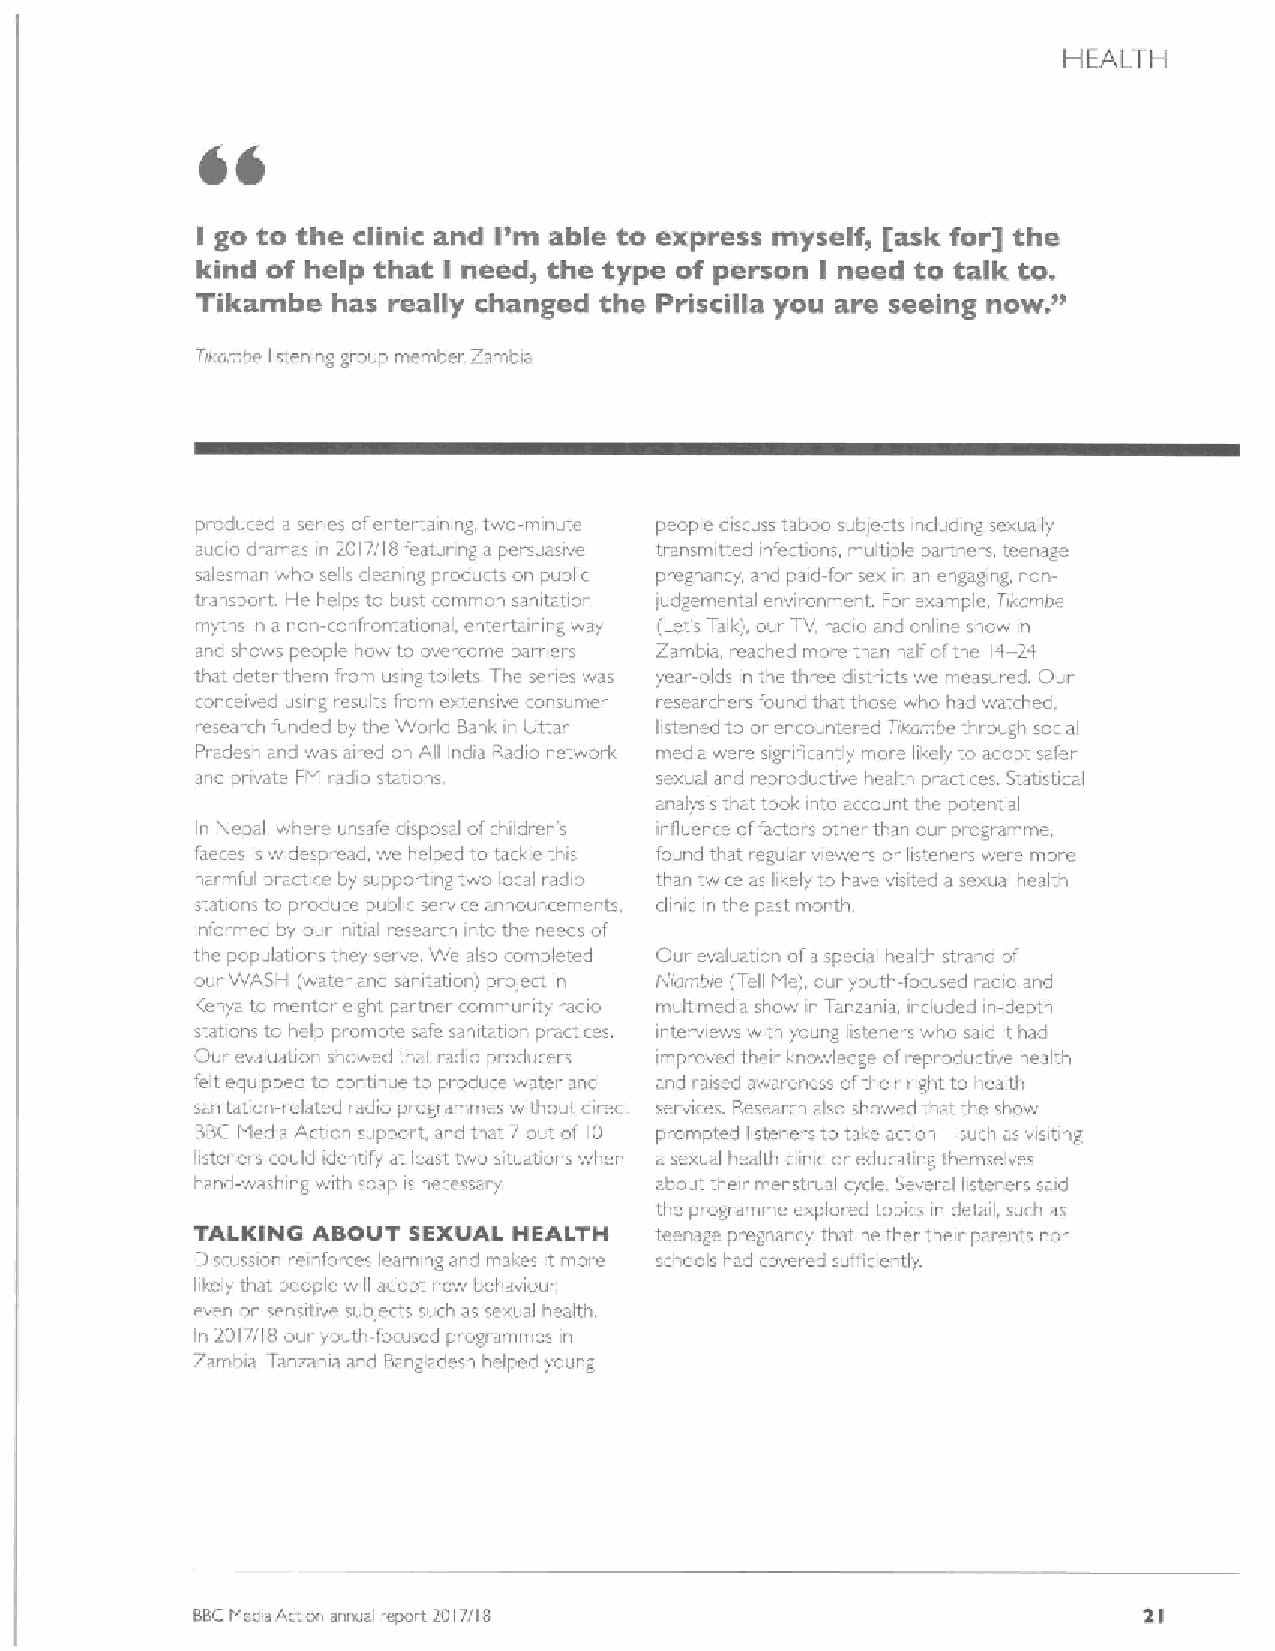
HEALTH
 CC
 I go to the clinic and I'm able to express myself, [ask for] the
 kind of help that l need, the type of person I need to talk to. "
 Tikambe  has realiy changed the Priscilla you are seeing now.
 Tixemoe listening group member, Zambia
 produced a series ot entertaining, two-minute people discuss taboo sub)eels, ncluding sexually
 audio dramas in 2017/18 featunng a persuasive transmitted infections, multiple partners teenage
 salesman who sells cleaning productc on public pregnancy, and paid-for sex in an engaging, non-
 transport. He helps to bust common sanitation !udgemental environment. For example Tikombe
 myths in a non-confrontational. enter taining way (Let's Talk), our TV. radio and online show in
 and shows people how to over orna barri. rc Zambia, reached more than half ofthe 14— 2d
 that d tcr them from using toilets The senes was year-olds in the three districts we measured. Our
 conceived using recults fronc extensive consumer researchers found tl.at those who had watched.
 research funded by the World Banlc in Uttar listened to or encountered Tixumbe thi ough social
 Pradesh and was aired on AI India Radio netwoilc media were significantly more likely to adopt safer
 and pnvate FMI iadio stations. sexual and reproductive health practices. Statistical
 analysis that took into aci ount the potential
 Ir Nepal where unsafe disposal ofchildren' s influenre offactors other than our programme
 faeces is widespi ead, we helped to tackle this found that regular viewers or listeners were more
 harmful practice by supporting two local radio than twice as likely to have visited asexual health
 ctations to produce public sei wce announcemr nts. dinic. in the past month
 ~formed by our initial research into the needs of
 i
 the populations they serve We also completed Oui evaluation ofa sporial health strand of
 oui 'WASH (water and sanitation) prolect in Niombie fTell MIe), our youth-focused radio and
 ICenya to mentoi- eight partnei community radio multimedia show in Tanzania ac«luded in-depth
 stations to help promote safe sanitation practices. intei mews with young Ieteners who said it had
 Our evaluatior showed that radio producers improved their knowledge ofreproductive health
 felt equipped to conbnue fo produre water and and raised awareness oftheir right to health
 sanitation-related radio programmes without direct services. Research also chowed that the show
 BBCMIedia Action support, and that 7 out of 10 prompted listeners to take action such as wsiting
 listeners could identify at leact two situatio s when a sexual health clinic or educating themselves
 hand-washing with soap is necessary. about their menstrual cycle. Several hsteners said
 the piogramme explored topics in detail, such as
 TALKING ABOUT SEXVAL HEALTH   teenage pregnancy that neither thea parents nor
 ~ iscussion reinforces learning and makes it more schools had covered sufficiently.
 likely that people will adopt new behaviour
 even on sensitive sublects such as sexual health,
 In 2017/18 our youth-focused pi ograntmes in
 Zambia Tanzania and Bangladesh helped young
 BBCMedia Action annual report 2017(18